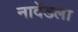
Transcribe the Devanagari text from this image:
नादेंडला